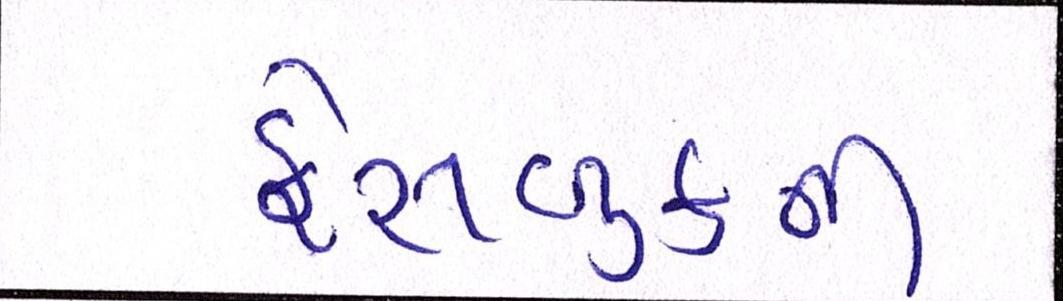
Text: ફેસબુકની